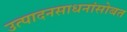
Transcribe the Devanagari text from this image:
उत्पादनसाधनांसोबत